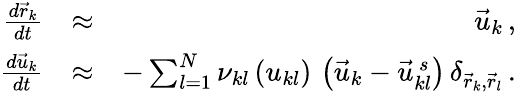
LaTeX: \begin{array}{rlr}{\frac{d\vec{r}_{k}}{dt}}&{\approx}&{\vec{u}_{k}\, ,}\\ {\frac{d\vec{u}_{k}}{dt}}&{\approx}&{-\sum_{l=1}^{N}\nu_{kl}\left(u_{kl}\right)\, \left(\vec{u}_{k}-\vec{u}_{kl}^{\, s}\right)\, \delta_{\vec{r}_{k},\vec{r}_{l}}\, .}\end{array}